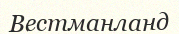
Вестманланд